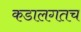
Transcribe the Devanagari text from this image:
कडालगतच